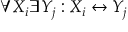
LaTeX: \forall X _ { i } \exists Y _ { j } : X _ { i } \leftrightarrow Y _ { j }